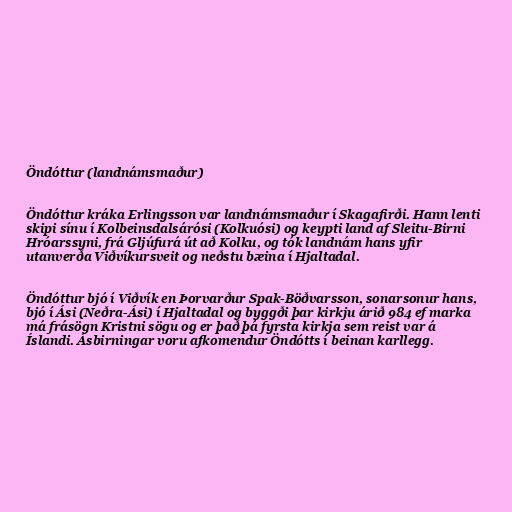
Öndóttur (landnámsmaður)

Öndóttur kráka Erlingsson var landnámsmaður í Skagafirði. Hann lenti
skipi sínu í Kolbeinsdalsárósi (Kolkuósi) og keypti land af Sleitu-Birni
Hróarssyni, frá Gljúfurá út að Kolku, og tók landnám hans yfir
utanverða Viðvíkursveit og neðstu bæina í Hjaltadal.

Öndóttur bjó í Viðvík en Þorvarður Spak-Böðvarsson, sonarsonur hans,
bjó í Ási (Neðra-Ási) í Hjaltadal og byggði þar kirkju árið 984 ef marka
má frásögn Kristni sögu og er það þá fyrsta kirkja sem reist var á
Íslandi. Ásbirningar voru afkomendur Öndótts í beinan karllegg.